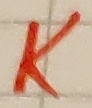
Text: K